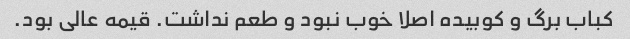
کباب برگ و کوبیده اصلا خوب نبود و طعم نداشت. قیمه عالی بود.